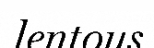
lentous